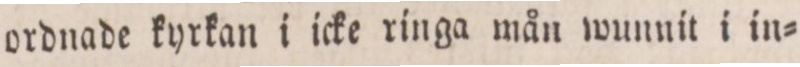
ordnade kyrkan i icke ringa mån wunnit i in=